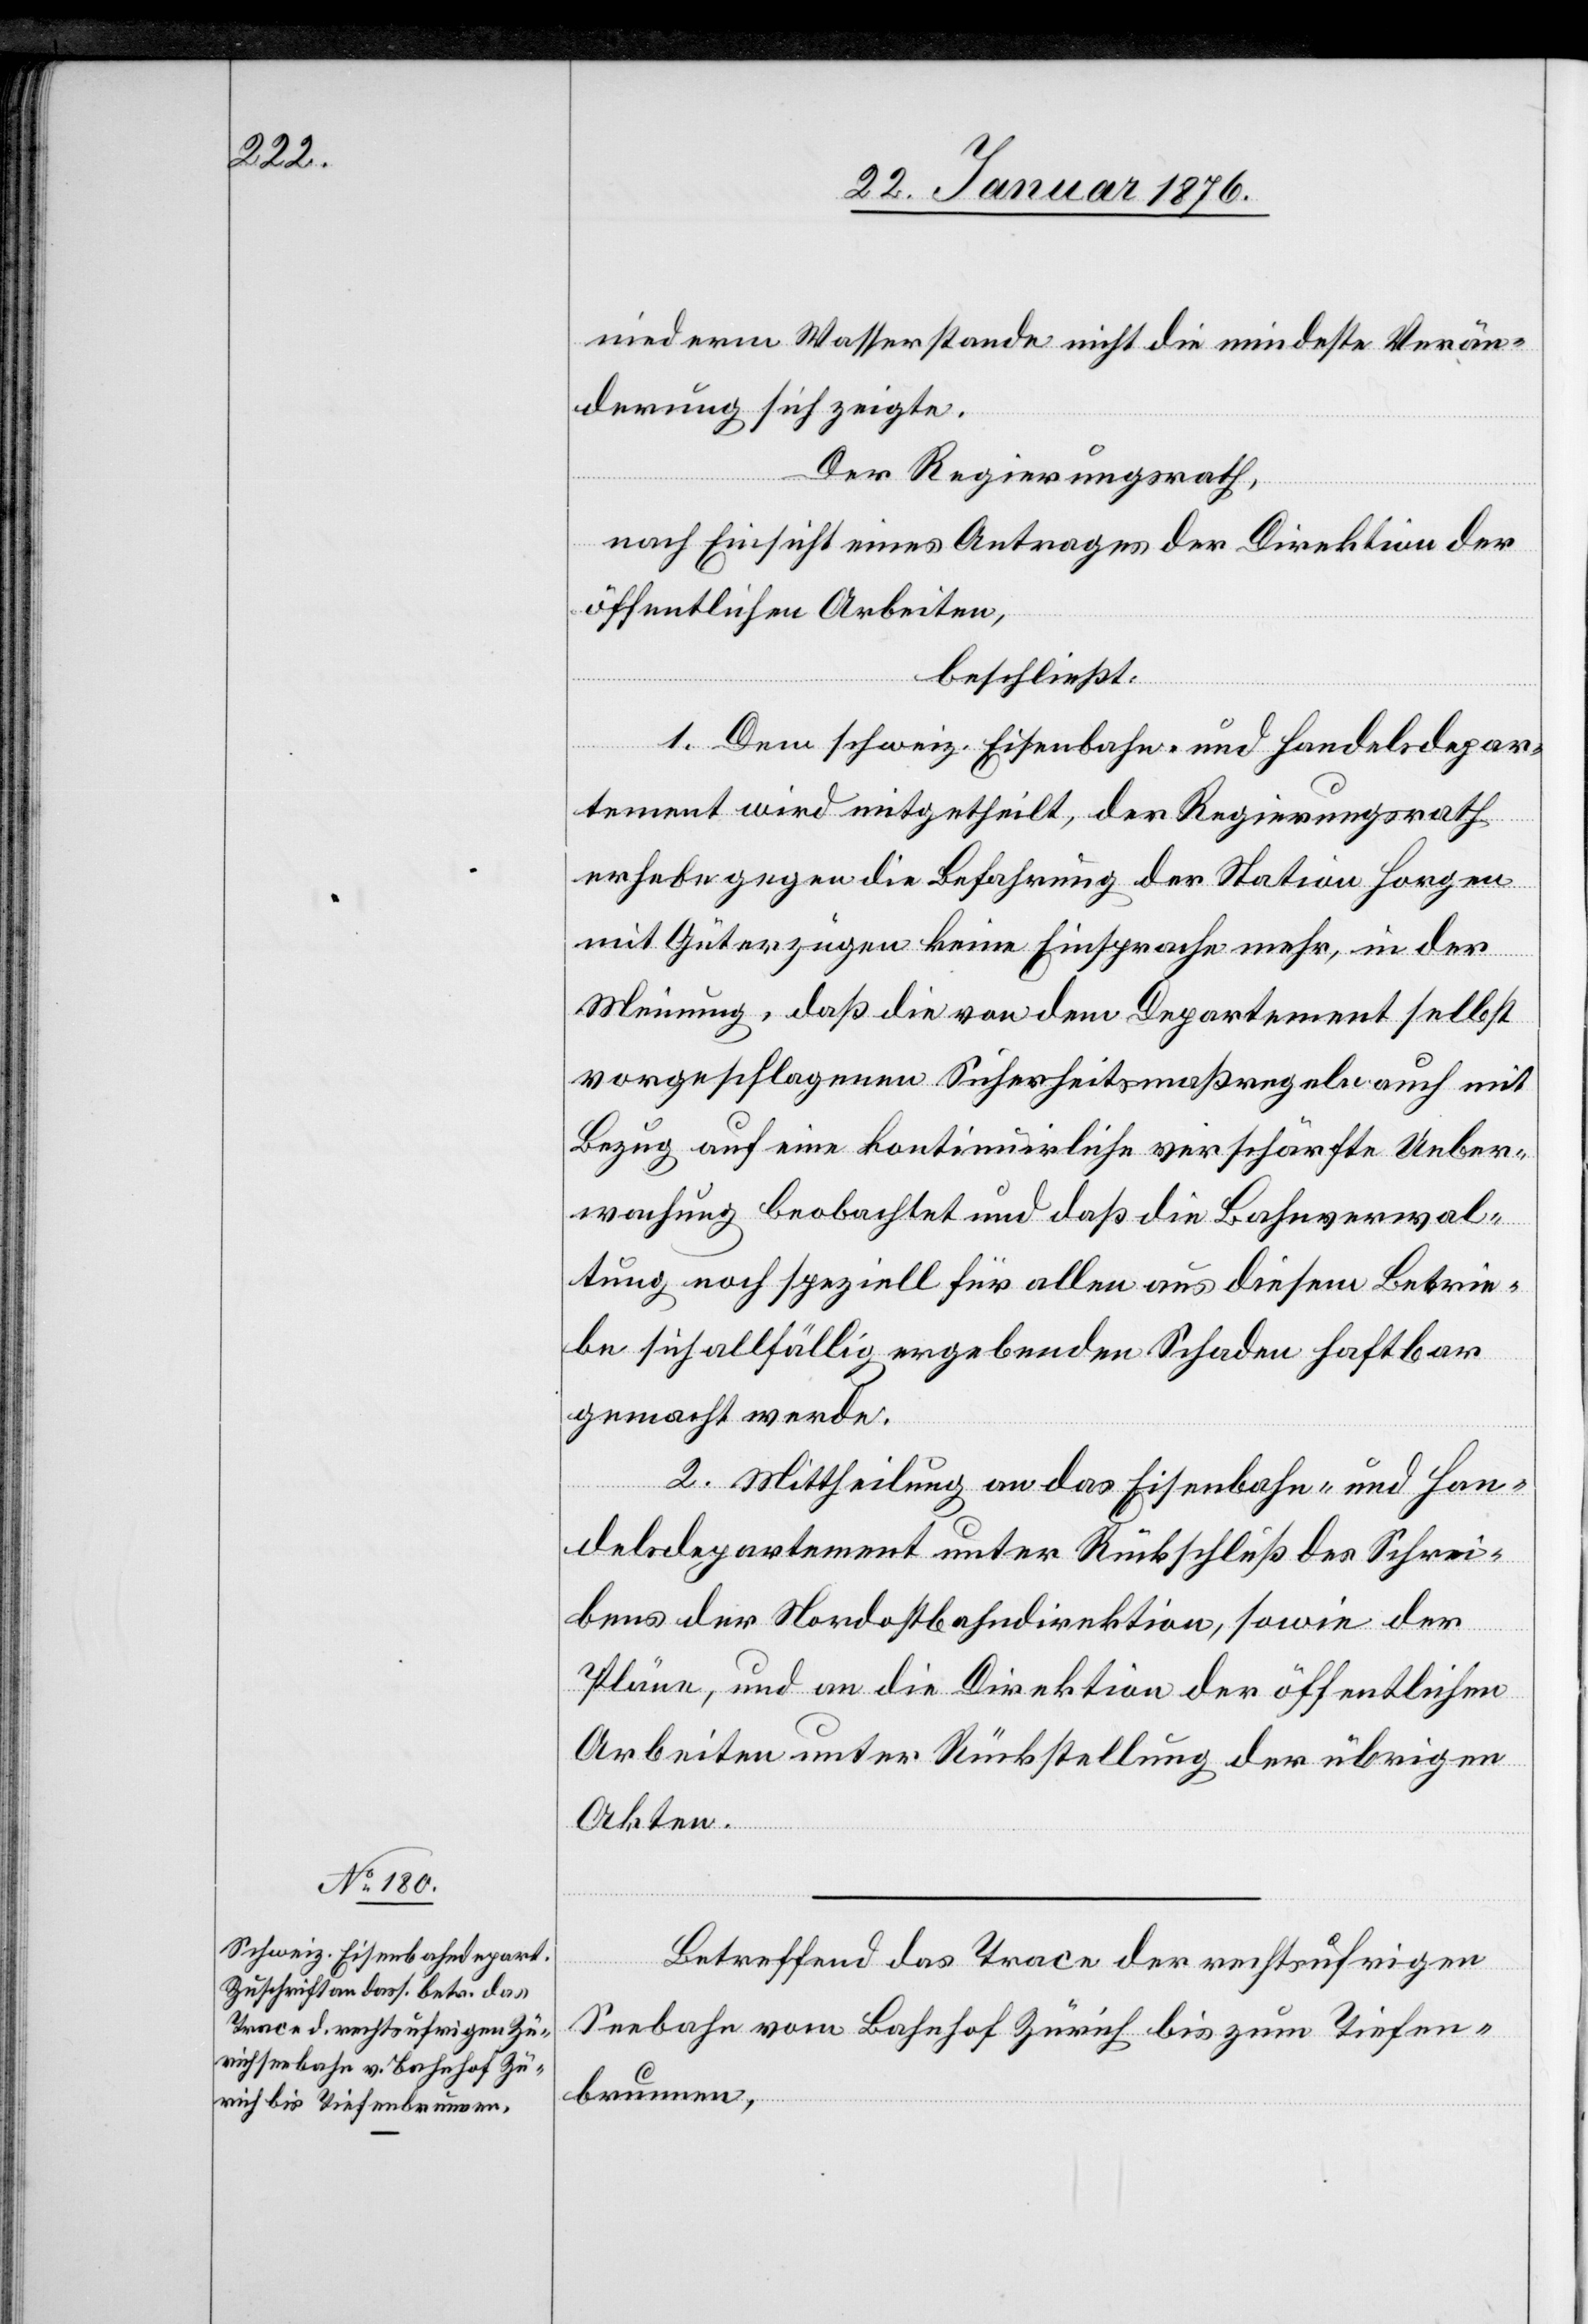
niederm Wasserstande nicht die mindeste Verän¬
derung sich zeigte.
Der Regierungsrath,
nach Einsicht eines Antrages der Direktion der
öffentlichen Arbeiten,
beschließt:
1. Dem schweiz. Eisenbahn- und Handelsdepar¬
tement wird mitgetheilt, der Regierungsrath
erhebe gegen die Befahrung der Station Horgen
mit Güterzügen keine Einsprache mehr, in der
Meinung, daß die von dem Departement selbst
vorgeschlagenen Sicherheitsmaßregeln auch mit
Bezug auf eine kontinuirliche verschärfte Ueber¬
wachung beobachtet und daß die Bahnverwal¬
tung noch speziell für allen aus diesem Betrie¬
be sich allfällig ergebenden Schaden haftbar
gemacht werde.
2. Mittheilung an das Eisenbahn- und Han¬
delsdepartement unter Rückschluß des Schrei¬
bens der Nordostbahndirektion, sowie der
Pläne, und an die Direktion der öffentlichen
Arbeiten unter Rückstellung der übrigen
Akten.
Betreffend das Trace der rechtsufrigen
Seebahn vom Bahnhof Zürich bis zjm Tiefen¬
brunnen,